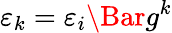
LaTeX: \varepsilon_{k}=\varepsilon_{i}\Bar{g}^{k}